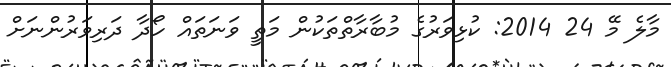
މާލެ މޭ 24 2014: ކުޅިވަރުގެ މުބާރާތްތަކުން މަތީ ވަނަތައް ހޯދާ ދަރިވަރުންނަށް